Bréfritari: Jóhannes Guðmundsson
Viðtakandi: Jón Borgfirðings Jónsson
Dagsetning: A-1863-07-08
Skrifað á: Gunnsteinsstöðum  A-Hún.

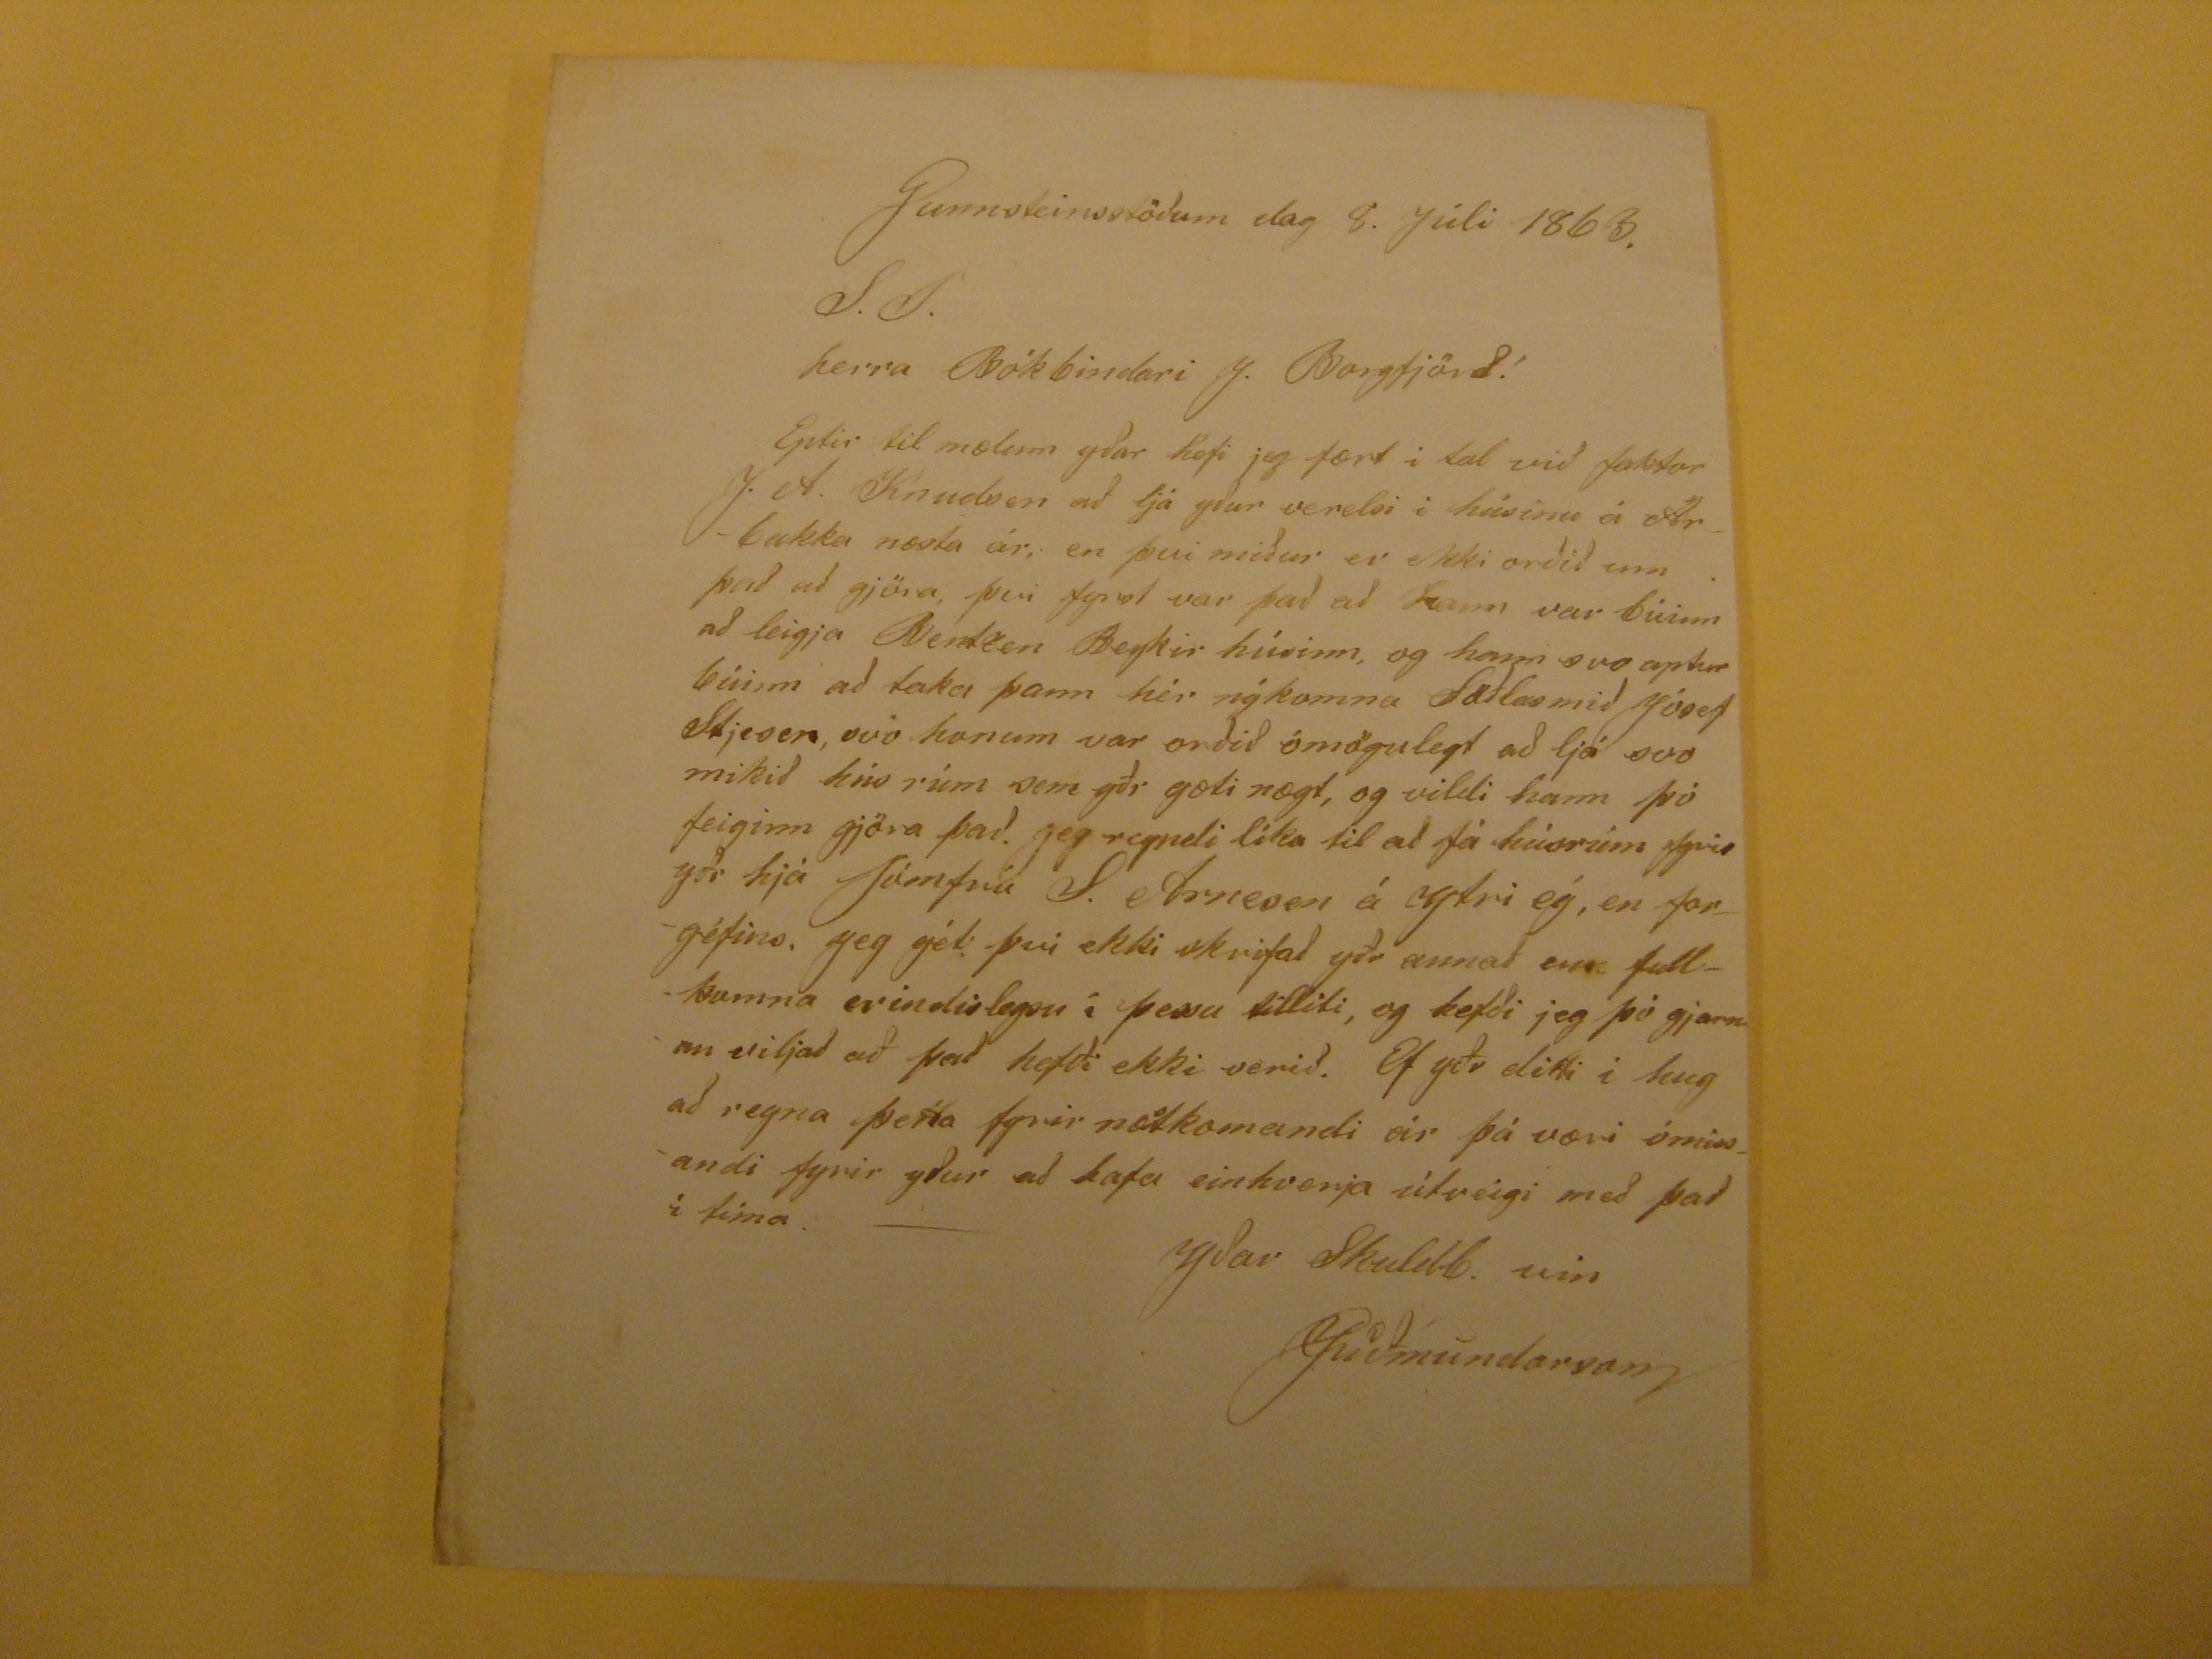

Gunnsteinsstöðum dag 8. Júli 1863.
S.T.
herra Bókbindari J. Borgfjörð!
Eptir til mælum yðar hefi jeg fært í tal við faktor J. A. Knudsen að ljá yður verelsi i húsinu á Árbakka næsta ár, en þvi miður er ekki orðið um það að gjöra, því fyrst var það að hann var búinn að leigja Bentsen Beykir húsinn, og hann svo aptur búinn að taka þann hér nýkomnu
???
Jósef Stjesen, svo honum var orðið ómögulegt að ljá svo mikið hús rúm sem yðr gæti nægt, og vildi hann þó feiginn gjöra það. Jeg reyndi líka til að fá húrúm fyrir yðr hjá Jómfrú S. Arnesen á
Ytri ég
, en forgéfins. Jeg gét því ekki skrifað yðr annað en fullkomna erindisleysu í þessu tilliti, og hefði jeg þó gjarnan viljað að það hefði ekki verið. Ef yðr ditti í hug að reyna þetta fyrir næstkomandi ár þá væri ómissandi fyrir yður að hafa einvherja útveigi með það í tíma. -
Yðar Skuldb. vin
JGuðmundarson